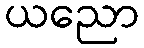
ယညော